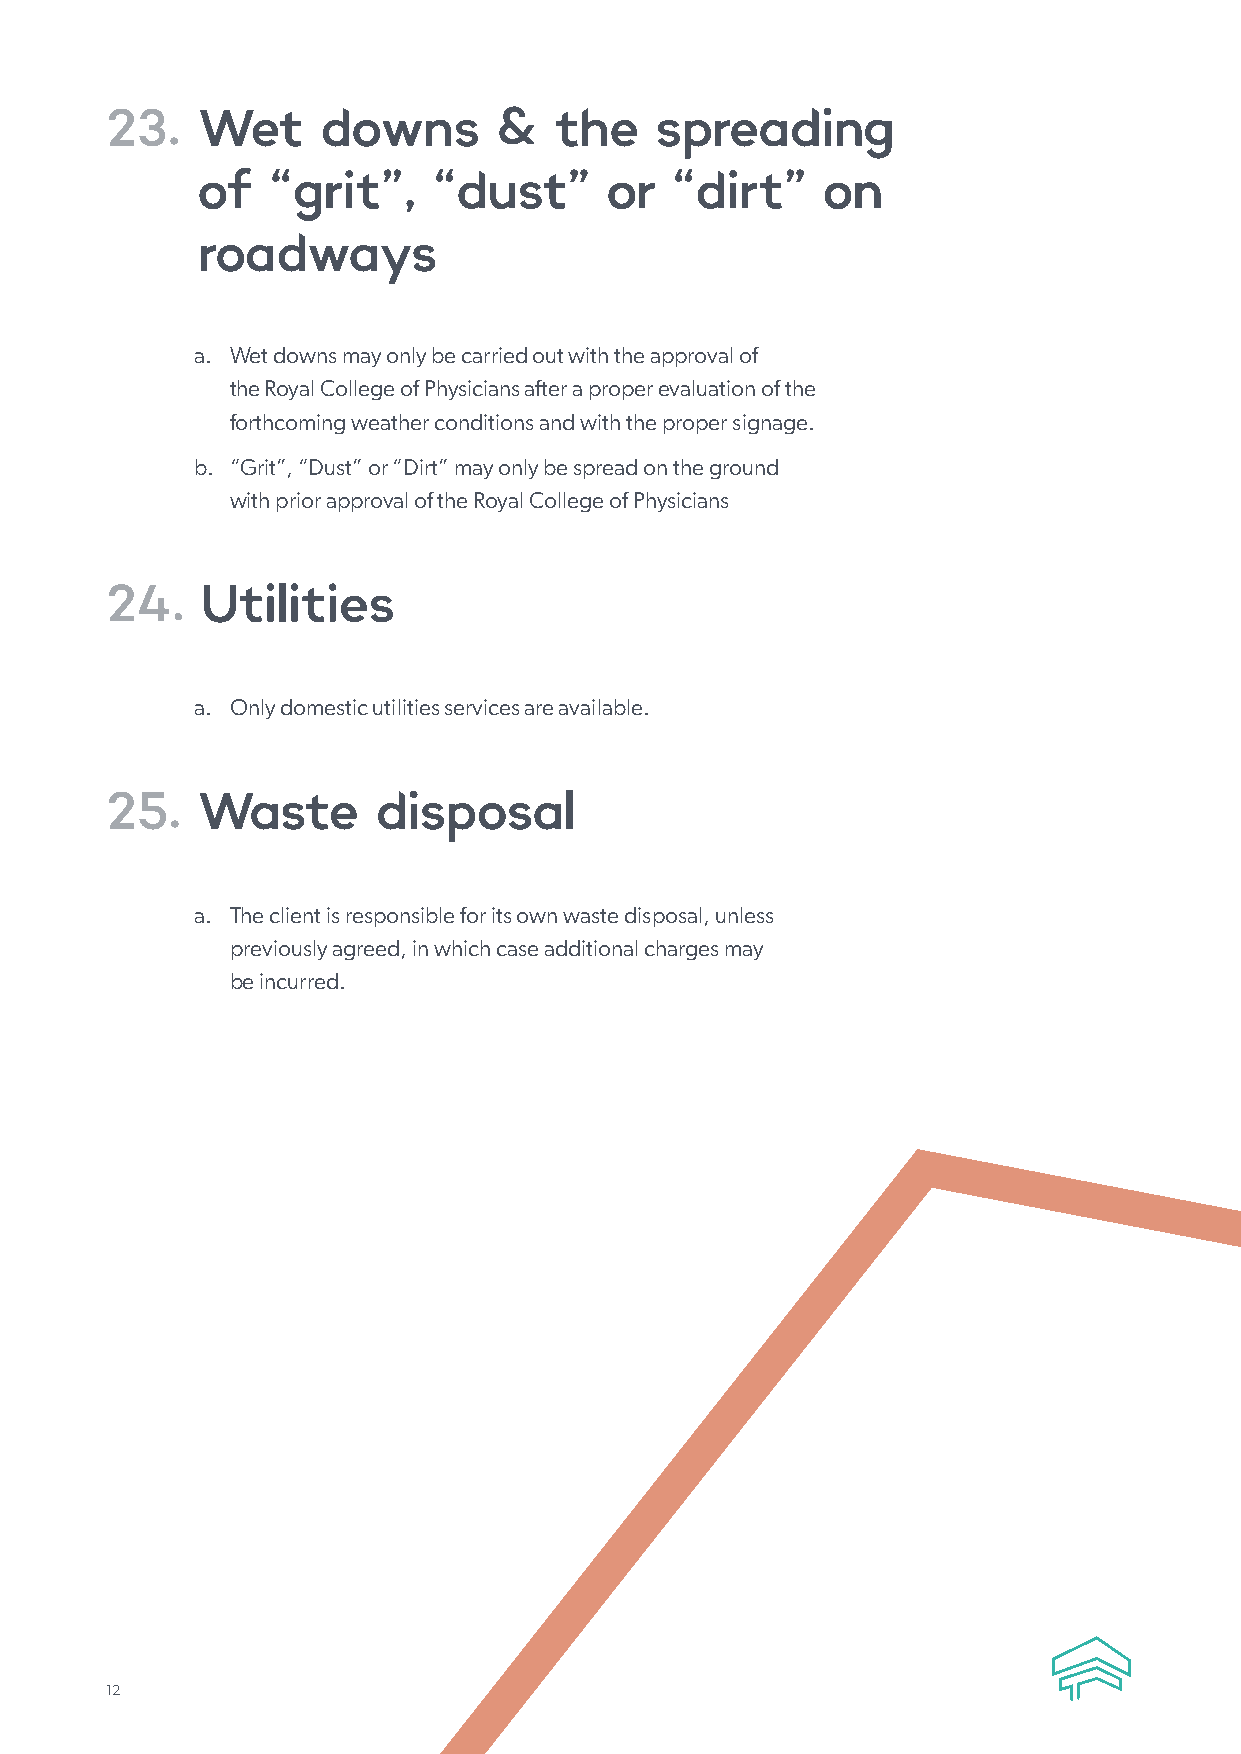
23.   Wet     downs       &   the   spreading
 of   “grit”,    “dust”     or  “dirt”    on
 roadways
 a. Wet downs may only be carried out with the approval of
 the Royal College of Physicians after a proper evaluation of the
 forthcoming weather conditions and with the proper signage.
 b. “Grit”, “Dust” or “Dirt” may only be spread on the ground
 with prior approval of the Royal College of Physicians
 24.   Utilities
 a. Only domestic utilities services are available.
 25.   Waste       disposal
 a. The client is responsible for its own waste disposal, unless
 previously agreed, in which case additional charges may
 be incurred.
 12